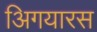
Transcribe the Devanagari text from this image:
अिगयारस